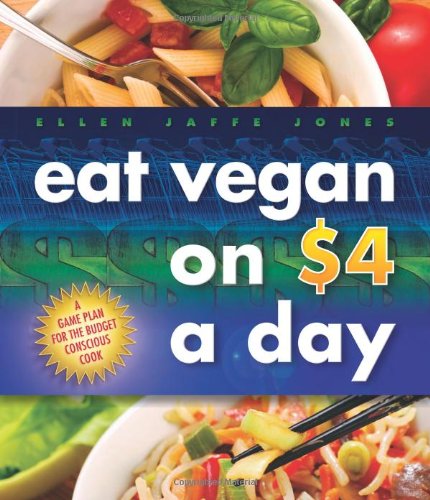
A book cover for Eat Vegan on $4.00 a Day: A Game Plan for the Budget Conscious Cook; Ellen Jaffe Jones; Cookbooks, Food & Wine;